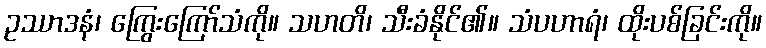
ဥဿာဒနံ၊ ကြွေးကြော်သံကို။ သဟတိ၊ သီးခံနိုင်၏။ သံပဟာရံ၊ ထိုးပစ်ခြင်းကို။